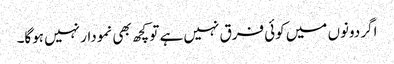
اگر دونوں میں کوئی فرق نہیں ہے تو کچھ بھی نمودار نہیں ہوگا۔